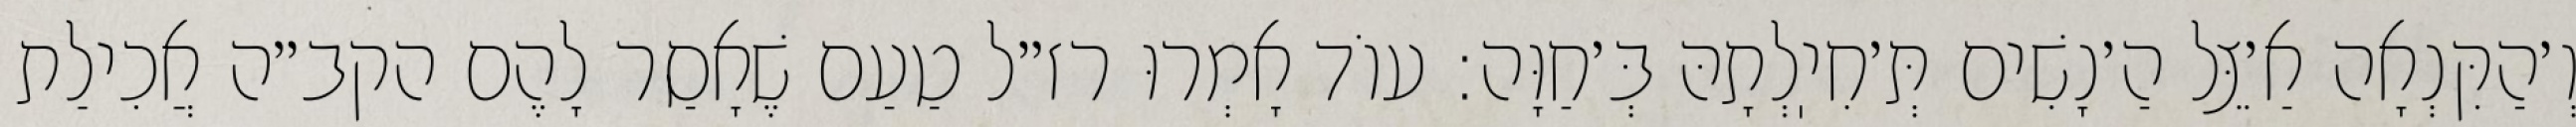
וְ׳הַקִּנְאָה אַ׳צֵּל הַ׳נָשִׁים תְּ׳חִיֽלְתָהּ בְּ׳חַוָּה: עוֹד אָמְרוּ רז״ל טַעַם שֶׁאָסַר לָהֶם הקב״ה אֲכִילַת